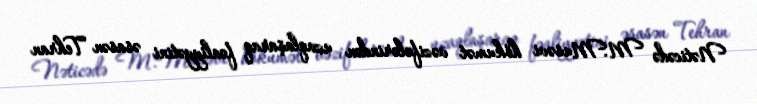
Nəticədə M.Musəvi hökumət vəzifələrindən uzaqlaşaraq fəaliyyətini əsasən Tehran